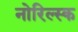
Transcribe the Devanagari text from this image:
नोरिल्स्क